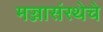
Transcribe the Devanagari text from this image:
मज्जासंस्थेचे